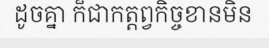
ដូចគ្នា ក៏ជាកត្តព្វកិច្ចខានមិន